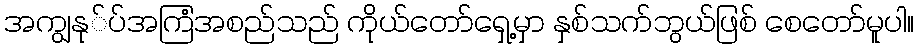
အကျွနု်ပ်အကြံအစည်သည် ကိုယ်တော်ရှေ့မှာ နှစ်သက်ဘွယ်ဖြစ် စေတော်မူပါ။